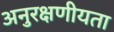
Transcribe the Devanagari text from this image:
अनुरक्षणीयता